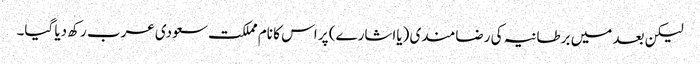
لیکن بعد میں برطانیہ کی رضامندی (یااشارے) پر اس کا نام مملکت سعودی عرب رکھ دیا گیا۔